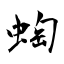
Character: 蜪